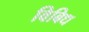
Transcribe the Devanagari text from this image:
विबिध